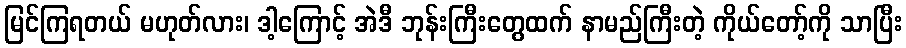
မြင်ကြရတယ် မဟုတ်လား၊ ဒါ့ကြောင့် အဲဒီ ဘုန်းကြီးတွေထက် နာမည်ကြီးတဲ့ ကိုယ်တော့်ကို သာပြီး